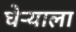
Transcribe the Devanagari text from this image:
घेऱ्याला